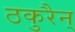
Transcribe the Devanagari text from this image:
ठकुरैन्